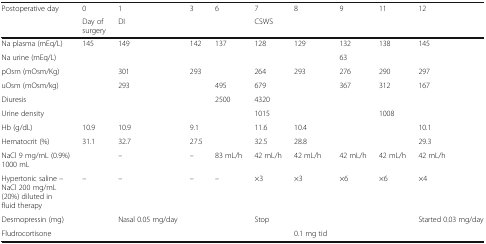
<table><thead><tr><td><b>Postoperative day</b></td><td><b>0</b></td><td><b>1</b></td><td><b>3</b></td><td><b>6</b></td><td><b>7</b></td><td><b>8</b></td><td><b>9</b></td><td><b>11</b></td><td><b>12</b></td></tr><tr><td></td><td><b>Day of surgery</b></td><td colspan="3"><b>DI</b></td><td colspan="5"><b>CSWS</b></td></tr></thead><tbody><tr><td>Na plasma (mEq/L)</td><td>145</td><td>149</td><td>142</td><td>137</td><td>128</td><td>129</td><td>132</td><td>138</td><td>145</td></tr><tr><td>Na urine (mEq/L)</td><td></td><td></td><td></td><td></td><td></td><td></td><td>63</td><td></td><td></td></tr><tr><td>pOsm (mOsm/Kg)</td><td></td><td>301</td><td>293</td><td></td><td>264</td><td>293</td><td>276</td><td>290</td><td>297</td></tr><tr><td>uOsm (mOsm/kg)</td><td></td><td>293</td><td></td><td>495</td><td>679</td><td></td><td>367</td><td>312</td><td>167</td></tr><tr><td>Diuresis</td><td></td><td></td><td></td><td>2500</td><td>4320</td><td></td><td></td><td></td><td></td></tr><tr><td>Urine density</td><td></td><td></td><td></td><td></td><td>1015</td><td></td><td></td><td>1008</td><td></td></tr><tr><td>Hb (g/dL)</td><td>10.9</td><td>10.9</td><td>9.1</td><td></td><td>11.6</td><td>10.4</td><td></td><td></td><td>10.1</td></tr><tr><td>Hematocrit (%)</td><td>31.1</td><td>32.7</td><td>27.5</td><td></td><td>32.5</td><td>28.8</td><td></td><td></td><td>29.3</td></tr><tr><td>NaCl 9 mg/mL (0.9%) 1000 mL</td><td></td><td>–</td><td>–</td><td>83 mL/h</td><td>42 mL/h</td><td>42 mL/h</td><td>42 mL/h</td><td>42 mL/h</td><td>42 mL/h</td></tr><tr><td>Hypertonic saline – NaCl 200 mg/mL (20%) diluted in fluid therapy</td><td>–</td><td>–</td><td>–</td><td>–</td><td>×3</td><td>×3</td><td>×6</td><td>×6</td><td>×4</td></tr><tr><td>Desmopressin (mg)</td><td></td><td>Nasal 0.05 mg/day</td><td></td><td></td><td>Stop</td><td></td><td></td><td></td><td>Started 0.03 mg/day</td></tr><tr><td>Fludrocortisone</td><td></td><td></td><td></td><td></td><td></td><td>0.1 mg tid</td><td></td><td></td><td></td></tr></tbody></table>